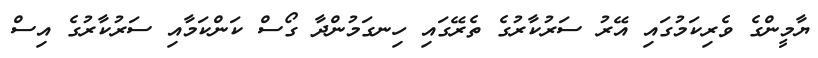
ޔާމީންގެ ވެރިކަމުގައި އޭރު ސަރުކާރުގެ ތެރޭގައި ހިނގަމުންދާ ގޯސް ކަންކަމާއި ސަރުކާރުގެ އިސް